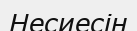
Несиесін